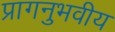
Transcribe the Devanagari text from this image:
प्रागनुभवीय